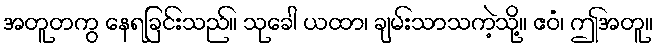
အတူတကွ နေရခြင်းသည်။ သုခေါ ယထာ၊ ချမ်းသာသကဲ့သို့။ ဧဝံ၊ ဤအတူ။